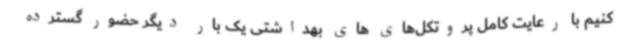
کنیم با رعایت کامل پروتکل‌های های بهداشتی یک بار دیگر حضور گسترده